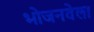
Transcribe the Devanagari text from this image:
भोजनवेला